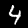
Digit: 4